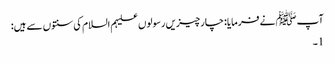
آپﷺ نے فرمایا: چارچیزیں رسولوں علیہم السلام کی سنتوں سے ہیں:
1۔